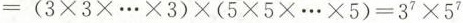
$$= （ 3 \times 3 \times … \times 3 ） \times （5 \times 5 … \times 5 ） = 3^{7} \times 5^{7}$$；